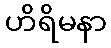
ဟိရိမနာ